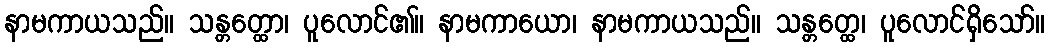
နာမကာယသည်။ သန္တတ္ထော၊ ပူလောင်၏။ နာမကာယော၊ နာမကာယသည်။ သန္တတ္ထေ၊ ပူလောင်ရှိသော်။